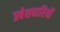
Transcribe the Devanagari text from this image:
प्रवेशधारियों